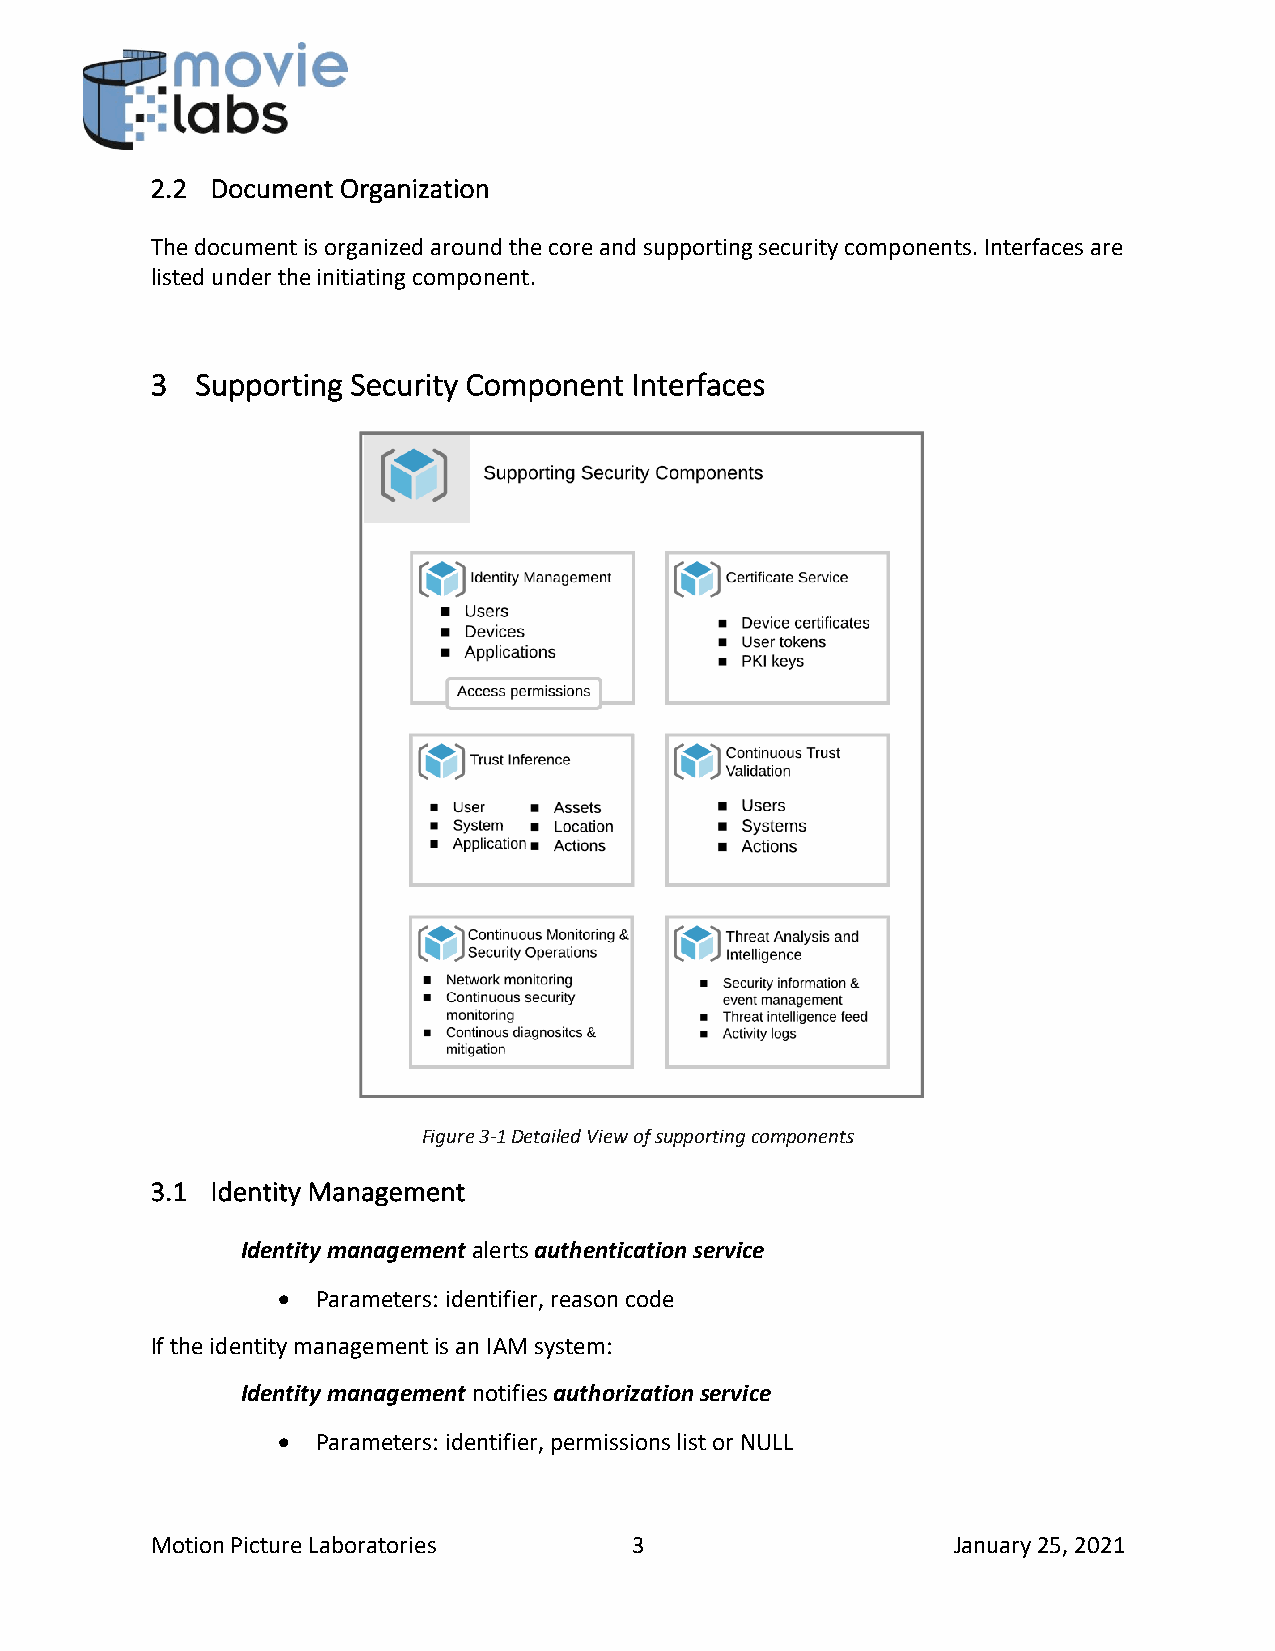
2.2 Document Organization
 The document is organized around the core and supporting security components. Interfaces are
 listed under the initiating component.
 3  Supporting Security Component Interfaces
 Figure 3-1 Detailed View of supporting components
 3.1 Identity Management
 Identity management alerts authentication service
 •  Parameters: identifier, reason code
 If the identity management is an IAM system:
 Identity management notifies authorization service
 •  Parameters: identifier, permissions list or NULL
 Motion Picture Laboratories     3                    January 25, 2021